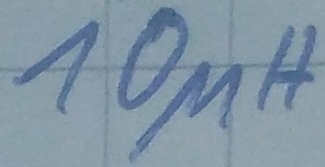
Text: 10µH